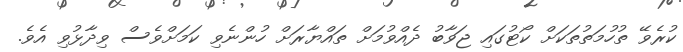
ކުރެވޭ ތުހުމަތުތަކަށް ކޯޓުގައި ޖަވާބު ދެއްވުމަށް ތައްޔާރަށް ހުންނެވި ކަމަށްވެސް ވިދާޅުވި އެވެ.